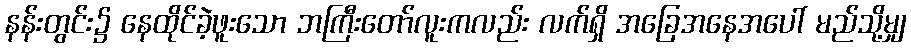
နန်းတွင်း၌ နေထိုင်ခဲ့ဖူးသော ဘကြီးတော်လူးကလည်း လက်ရှိ အခြေအနေအပေါ် မည်သို့မျှ